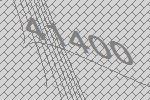
41400